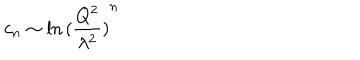
c _ { n } \sim \ln { ( \frac { Q ^ { 2 } } { \lambda ^ { 2 } } ) } ^ { n }